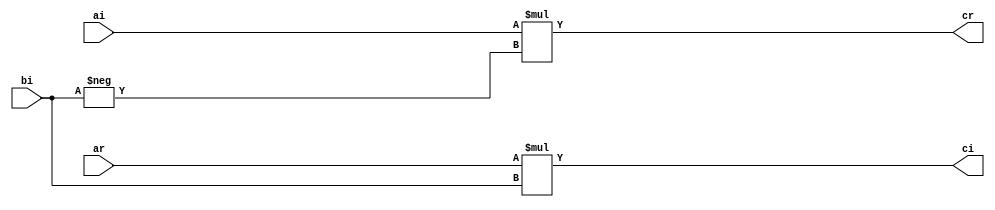
`timescale 1ns / 1ps
//////////////////////////////////////////////////////////////////////////////////
// Complex Multiplier Imaginary Coefficent
// Structure: Complex Multiplier - coefficent is Pure Imaginary Number
//
//////////////////////////////////////////////////////////////////////////////////


module ComplexMul_coef_Imag
#(parameter WL=14, WL_out=28)
(   input signed [WL-1:0] ar, ai, bi,
    output signed [WL_out-1:0] cr, ci
    );


//Real part
assign cr = ai*(-bi);

//Imaginary part
assign ci = ar*bi;
 
endmodule